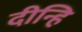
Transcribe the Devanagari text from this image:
दीन्हि